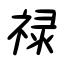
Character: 禄